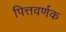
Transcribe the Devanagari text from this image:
पित्तवर्णक